Annual administration report of the Civil Veterinary Department of India - 1894-1895
Year: 1894
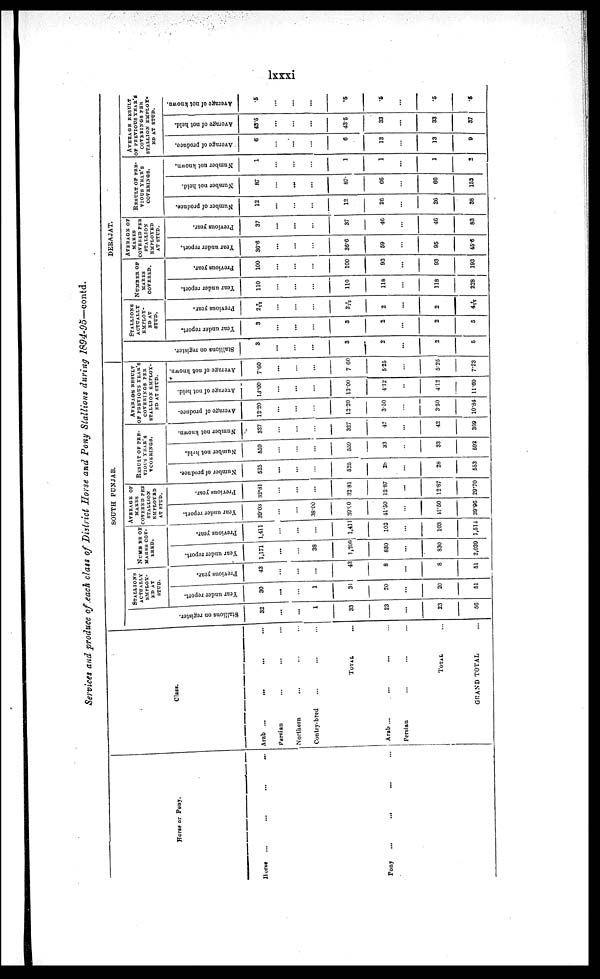
lxxxi
Services and produce of each class of District Morse and Pony Stallions during 2894-95—contd.
Horse or Pony.
Horse
...
...
...
...
Pony...
...
... ...
Class.
Arab ...
...
... ...
Persian
...
... ...
Northern
... ... ...
Contry-bred ... ... ...
TOTAL
...
Arab ...
...
Persian ... ... ... ...
TOTAL ...
GRAND TOTAL ...
SOUTH PUNJAB.
Stallions on register.
32
...
...
1
33
23
...
23
56
STALLIONS
ACTUALLY
EMPLOY¬
ED AT
STUD.
Year under report.
30
...
...
1
31
20
...
20
51
Previous year.
43
...
...
...
43
8
...
8
51
NUMB BR OF
MARES COV-
ERED.
Year under
report.
1,171
...
...
38
1,209
830
...
830
2,039
Previous year.
1,411
...
...
...
1,411
103
...
103
1,514
AVERAGE OF
MAKES
COVERED PER
STALLION
EMPLOYED
AT STUD.
Year under report.
39.03
...
...
38.00
39.00
41.50
...
41.50
39.96
Previous year.
32.81
...
...
...
32.81
12.87
...
12.87
29.70
RESULT OF PRE¬
VIOUS YEAR'S
COVERINGS.
Number of produce.
525
...
...
...
525
28
...
28
553
Number not held.
559
...
...
...
559
33
...
33
592
Number not known.
327
...
...
...
327
42
...
42
369
AVERAGE RESULT
OF PREVIOUS YEAR'S
COVERINGS PER
STALLION EMPLOY-
ED AT STUD.
Average of produce.
12.20
...
...
...
12.20
3.50
...
3.50
10.84
Average of not held.
18.00
...
...
...
13.00
4.12
...
4.12
11.60
Average of not known.
7.60
...
...
...
7.60
5.25
...
5.25
7.23
DERAJAT.
Stallions on register.
3
...
...
...
3
2
...
2
5
STALLIONS
ACTUALLY
EMPLOY-
ED AT
STUD.
Year under report.
3
...
...
...
3
2
...
2
5
Previous year.
2 7 /12
...
...
...
2 7 / 12
2
...
2
4 7 / 12
NUMBER OF
MARES
COVERED.
Year under report.
110
...
...
...
110
118
...
118
228
Previous year.
100
...
...
...
100
93
...
93
193
AVERAGE OF
MARES
COVERED PER
STALLION
EMPLOYED
AT STUD.
Year under report.
36.6
...
...
...
36.6
59
...
95
45.6
Previous year.
37
...
...
...
37
46
...
46
83
RESULT OF PRE
¬VIOUS YEAR'S
COVERINGS.
Number of produce.
12
...
...
...
12
26
...
26
38
Number not held.
87
...
...
...
87
66
...
66
153
Number not known.
1
...
...
...
1
1
...
1
2
AVERAGE RESULT
OF PREVIOUS YEAR'S
COVERINGS PER
STALLION EMPLOY¬
ED AT STUD.
Average of produce.
6
...
...
...
6
13
...
13
9
Average of not held.
43.5
...
...
...
43.5
33
...
33
37
Average of not known.
5
...
...
...
.5
.5
...
.5
.6